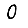
Digit: 0